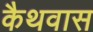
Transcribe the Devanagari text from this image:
कैथवास